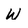
Character: W